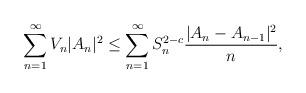
LaTeX: \begin{align*}{}\displaystyle\sum_{n=1}^{\infty}V_{n}|A_n|^{2}&\leq\displaystyle\sum_{n=1}^{\infty}S_n^{2-c}\frac{|A_{n}-A_{n-1}|^{2}}{n},\end{align*}